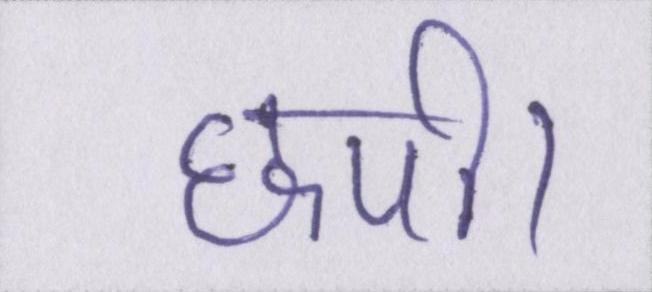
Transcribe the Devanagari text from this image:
छपी।